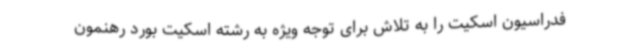
فدراسیون اسکیت را به تلاش برای توجه ویژه به رشته اسکیت بورد رهنمون